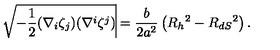
\sqrt { - { \frac { 1 } { 2 } } ( \nabla _ { i } \zeta _ { j } ) ( \nabla ^ { i } \zeta ^ { j } ) } \vline { \mathrm { \raisebox { - 2 . 5 e x } { \scriptsize R = R _ h } } } = { \frac { b } { 2 a ^ { 2 } } } \left( R _ { h } { } ^ { 2 } - R _ { d S } { } ^ { 2 } \right) .